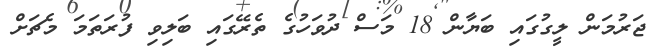
ޖަރުމަން ލީގުގައި ބަޔާން 18 މަސް ދުވަހުގެ ތެރޭގައި ބަލިވި ފުރަތަމަ މެޗަށް